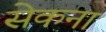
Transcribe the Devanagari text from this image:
सेकना